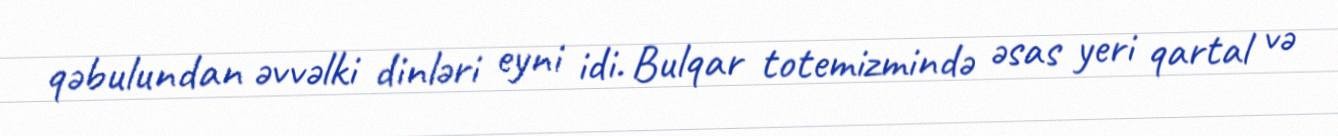
qəbulundan əvvəlki dinləri eyni idi. Bulqar totemizmində əsas yeri qartal və